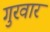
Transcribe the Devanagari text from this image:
गुरवार